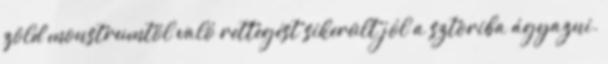
zöld monstrumtól való rettegést sikerült jól a sztoriba ágyazni.